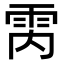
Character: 𮦈